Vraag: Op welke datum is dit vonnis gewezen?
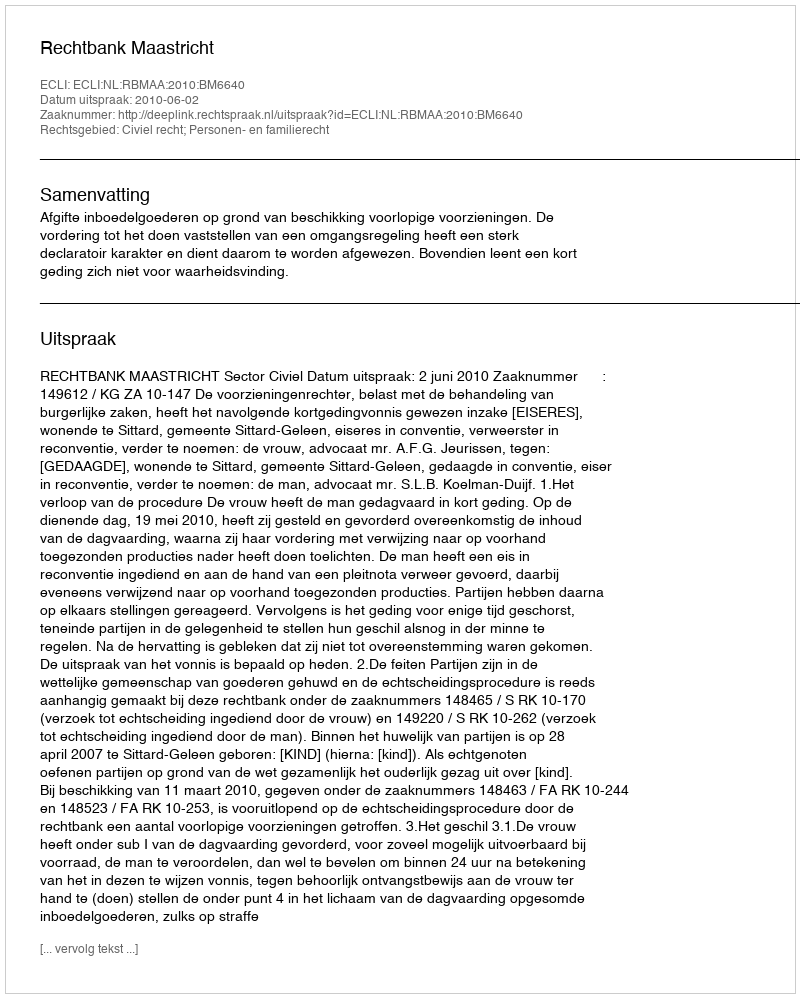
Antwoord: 2010-06-02